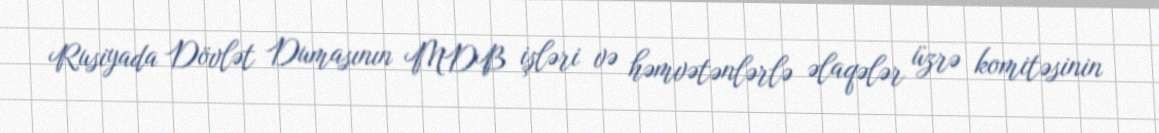
Rusiyada Dövlət Dumasının MDB işləri və həmvətənlərlə əlaqələr üzrə komitəsinin